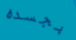
بجسده